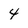
Character: 4